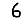
Digit: 6